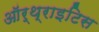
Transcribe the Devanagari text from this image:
ऑर्थ्राइटिस